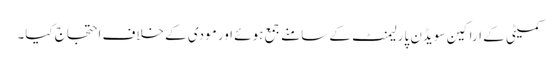
کمیٹی کے اراکین سویڈن پارلیمنٹ کے سامنے جمع ہوئے اور مودی کے خلاف احتجاج کیا۔